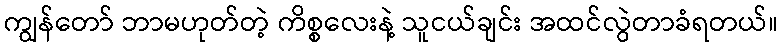
ကျွန်တော် ဘာမဟုတ်တဲ့ ကိစ္စလေးနဲ့ သူငယ်ချင်း အထင်လွဲတာခံရတယ်။